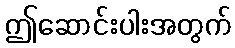
ဤဆောင်းပါးအတွက်